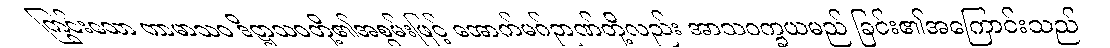
ကြွင်းသော ကာမာသဝ ဒိဋ္ဌာသဝတို့၏အစွမ်းဖြင့် အောက်မဂ်ဉာဏ်တို့လည်း အာသဝက္ခယမည် ခြင်း၏အကြောင်းသည်